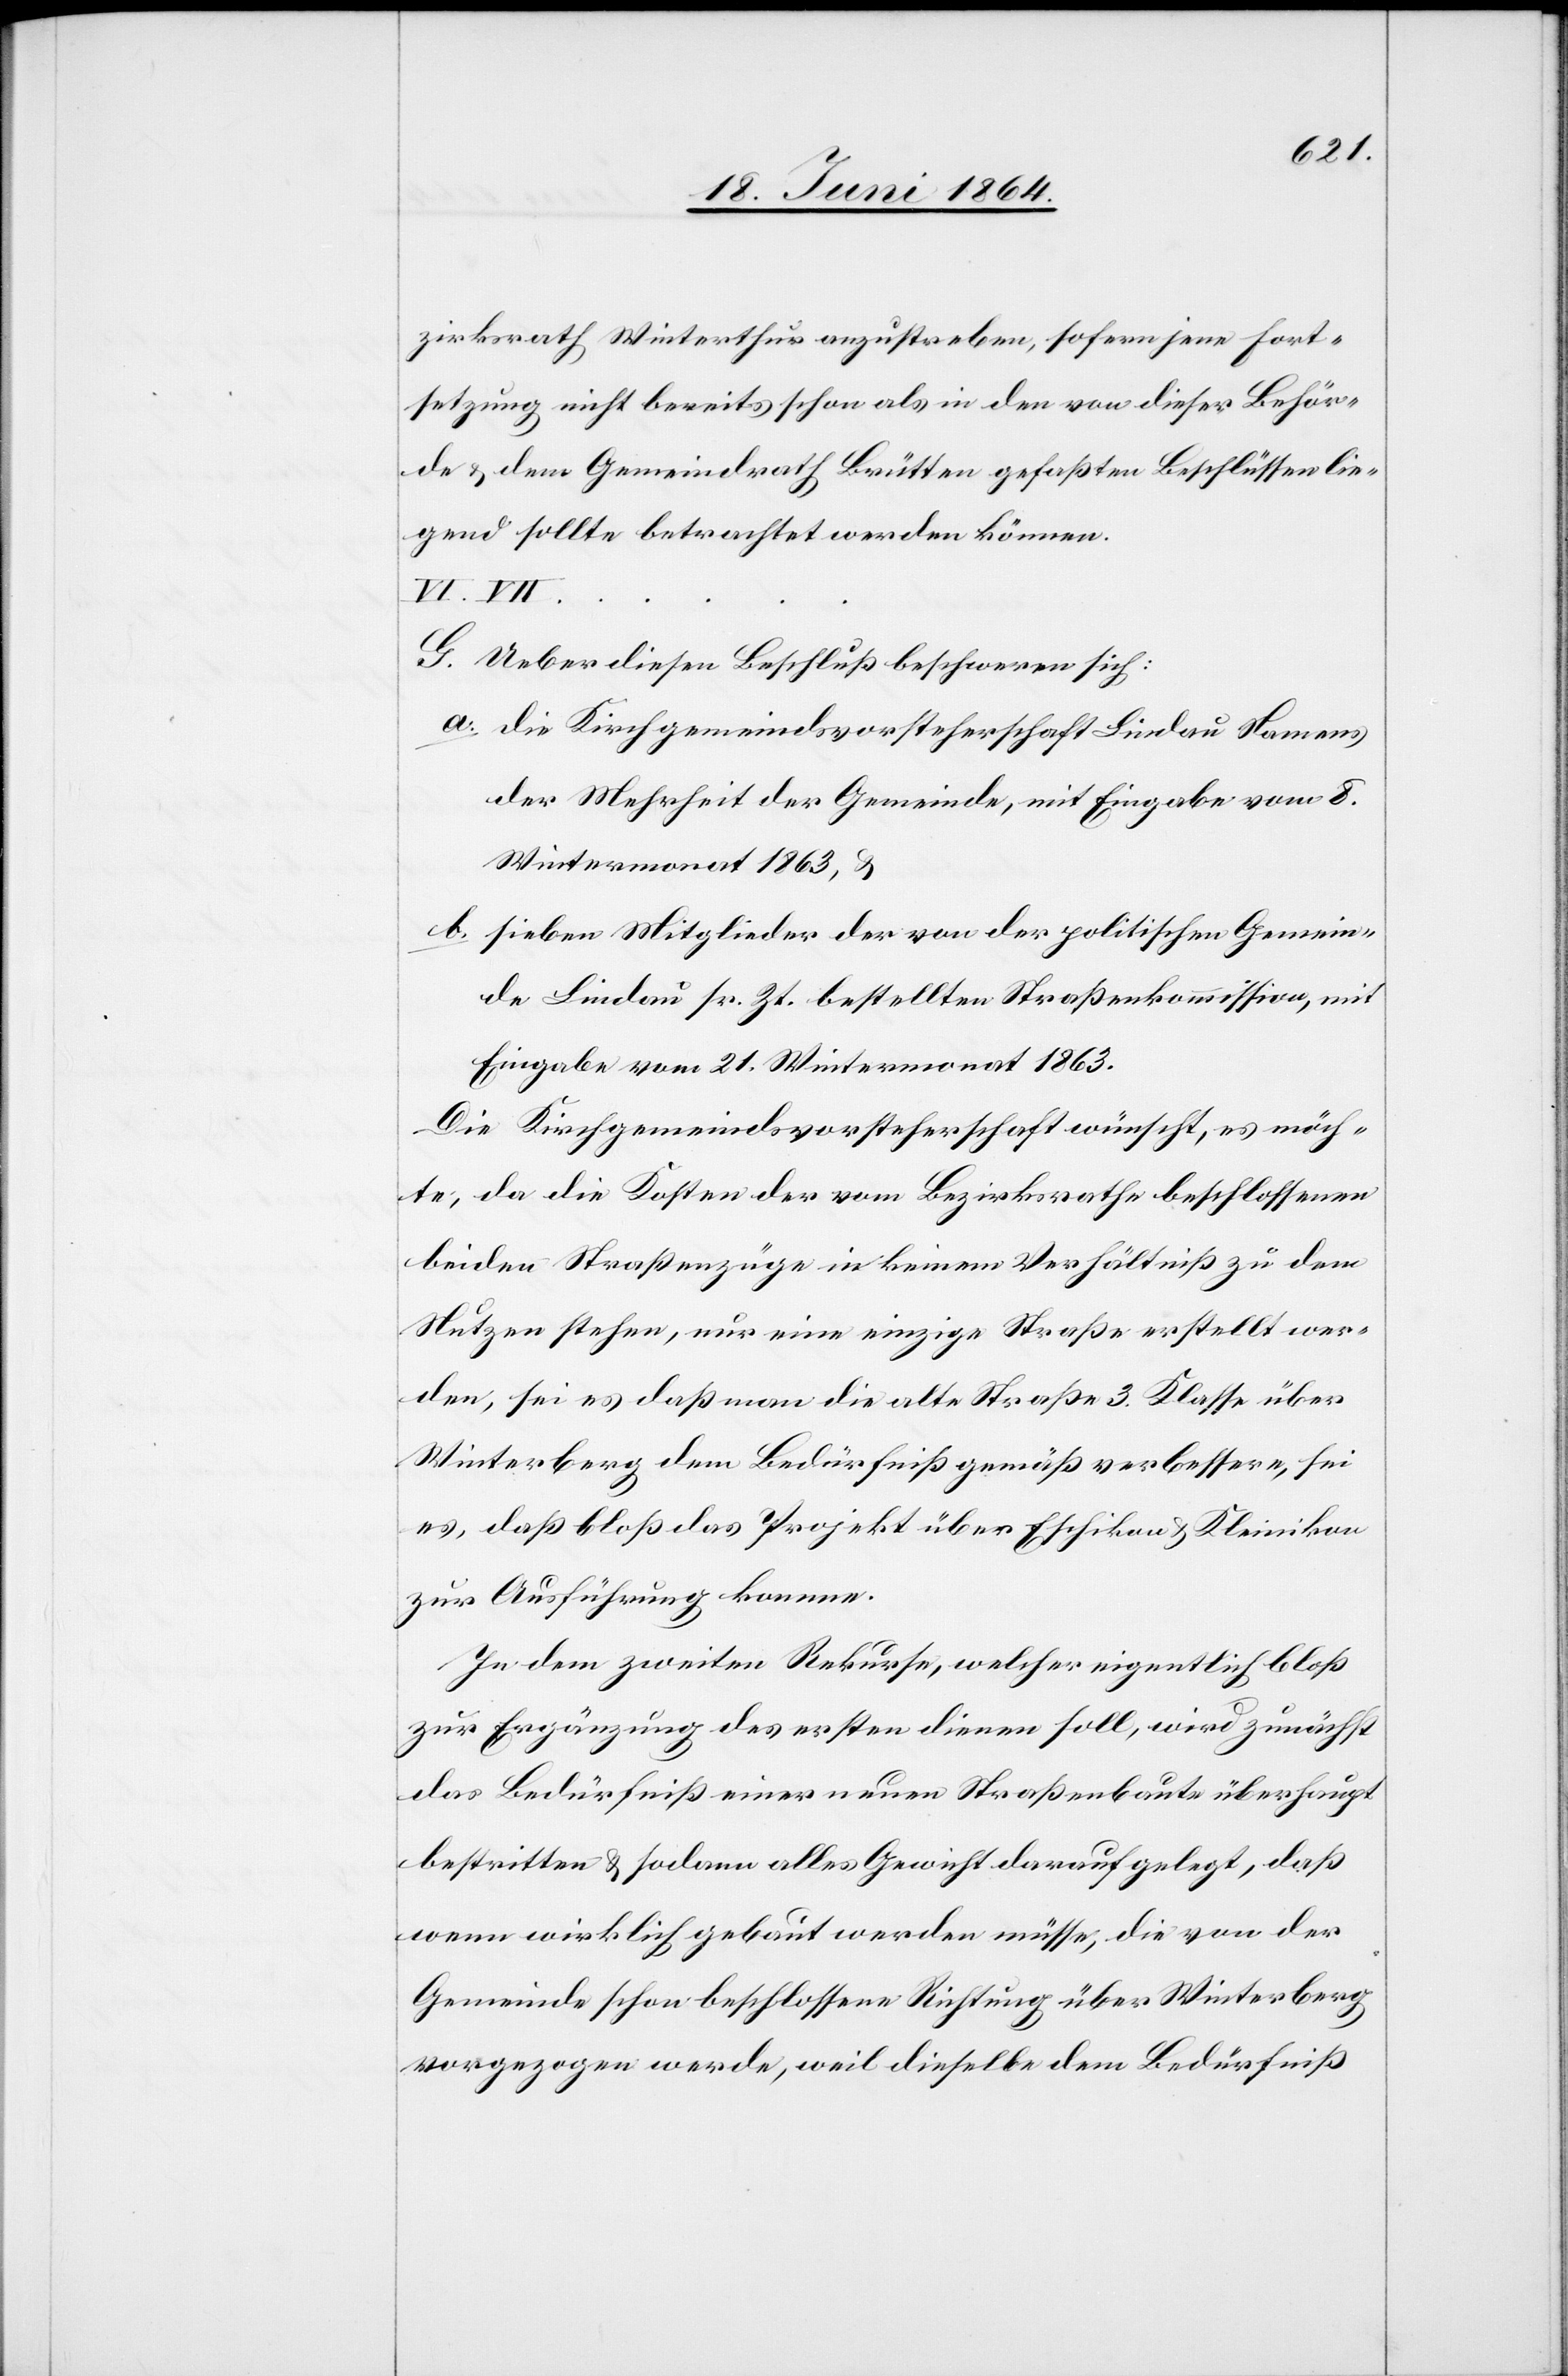
zirksrath Winterthur anzustreben, sofern jene Fort¬
setzung nicht bereits schon als in den von dieser Behör¬
de u. dem Gemeindrath Brütten gefaßten Beschlüssen lie¬
gend sollte betrachtet werden können.
VII. …..
G. Ueber diesen Beschluß beschweren sich:
a. die Kirchgemeindsvorsteherschaft Lindau Namens
der Mehrheit der Gemeinde, mit Eingabe vom 8.
Wintermonat 1863, u.
b. sieben Mitglieder der von der politischen Gemein¬
de Lindau sr. Zt. bestellten Straßenkommission, mit
Eingabe vom 21. Wintermonat 1863.
Die Kirchgemeindsvorsteherschaft wünscht, es möch¬
te, da die Kosten der vom Bezirksrathe beschlossenen
beiden Straßenzüge in keinem Verhältniß zu dem
Nutzen stehen, nur eine einzige Straße erstellt wer¬
den, sei es daß man die alte Straße 3. Klasse über
Winterberg dem Bedürfniß gemäß verbessere, sei
es, daß bloß das Projekt über Eschikon u. Kleinikon
zur Ausführung komme.
In dem zweiten Rekurse, welcher eigentlich bloß
zur Ergänzung des ersten dienen soll, wird zunächst
das Bedürfniß einer neuen Straßenbaute überhaupt
bestritten u. sodann alles Gewicht darauf gelegt, daß
wenn wirklich gebaut werden müsse, die von der
Gemeinde schon beschlossene Richtung über Winterberg
vorgezogen werde, weil dieselbe dem Bedürfniß